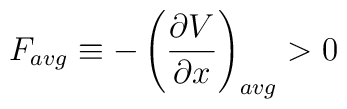
F_{avg}\equiv -\left( \frac{\partial V}{\partial x}\right) _{avg}>0